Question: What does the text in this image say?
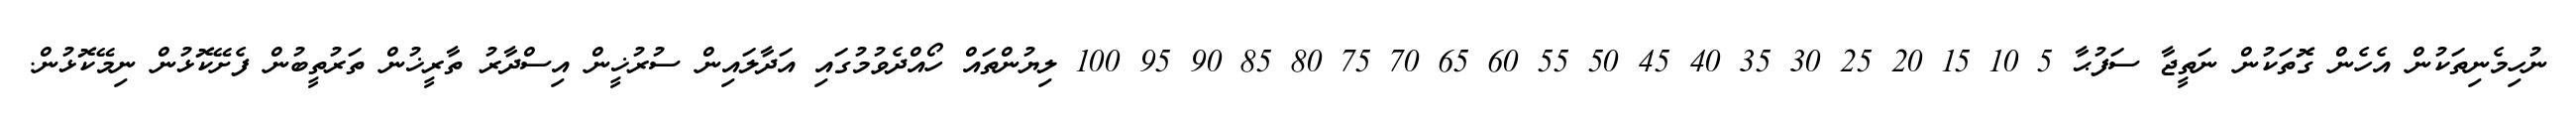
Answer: ނުހިމެނިތަކުން އެހެން ގޮތަކުން ނަތީޖާ ސަފުޙާ 5 10 15 20 25 30 35 40 45 50 55 60 65 70 75 80 85 90 95 100 ލިޔުންތައް ހޯއްދެވުމުގައި އަދާލައިން ސުރުޚީން އިސްދާރު ތާރީޚުން ތަރުތީބުން ފެށޭކޮޅުން ނިމޭކޮޅުން.